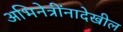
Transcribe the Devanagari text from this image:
अभिनेत्रींनादेखील